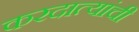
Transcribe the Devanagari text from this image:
करदात्यांची